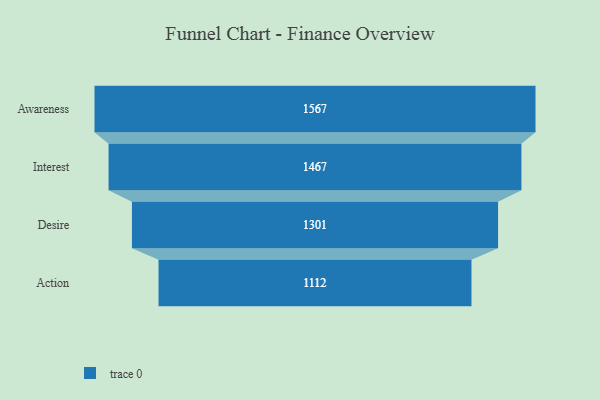
{"axis": {"x": "Stage", "y": "Value"}, "legend": [""], "data": [{"x": "Awareness", "y": 1567.0, "type": ""}, {"x": "Interest", "y": 1467.0, "type": ""}, {"x": "Desire", "y": 1301.0, "type": ""}, {"x": "Action", "y": 1112.0, "type": ""}]}